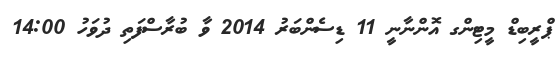
ޕްރީބިޑް މީޓިންގ އޮންނާނީ 11 ޑިސެންބަރު 2014 ވާ ބުރާސްފަތި ދުވަހު 14:00